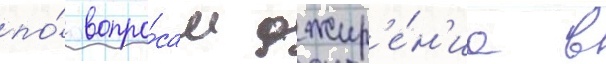
по́ вопро́сам ожир'е́н'иа в